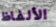
الألفاظ